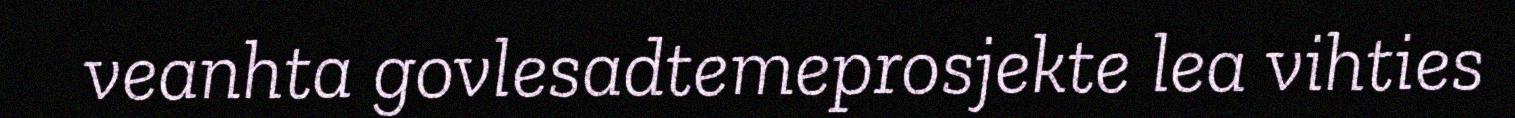
veanhta govlesadtemeprosjekte lea vihties